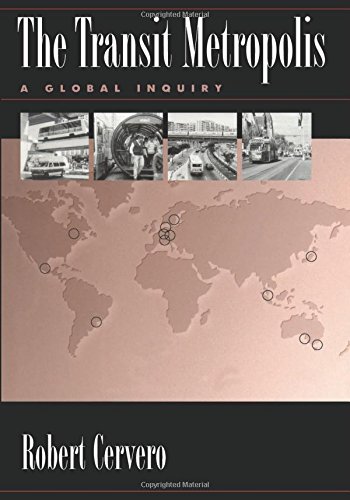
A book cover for The Transit Metropolis: A Global Inquiry; Robert Cervero; Engineering & Transportation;